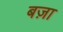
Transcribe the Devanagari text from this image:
बज़ा